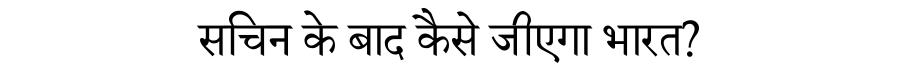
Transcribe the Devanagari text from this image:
सचिन के बाद कैसे जीएगा भारत?